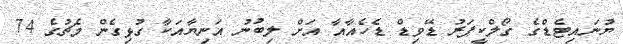
ޔުނައިޓެޑްގެ ގޯލްކީޕަރު ޑޭވިޑް ޑެހެއާއާ އަށް ލިބުނު އަނިޔާއަކާ ގުޅިގެން މެޗުގެ 74